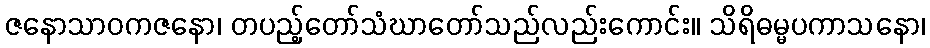
ဇနောသာဝကဇနော၊ တပည့်တော်သံဃာတော်သည်လည်းကောင်း။ သိရိဓမ္မပကာသနော၊